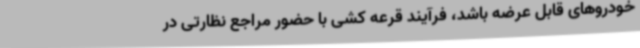
خودروهای قابل عرضه باشد، فرآیند قرعه کشی با حضور مراجع نظارتی در